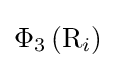
\Phi _{3}\left(\mathrm {R} _{i}\right)